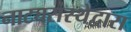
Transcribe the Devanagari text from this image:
नाट्यसंस्थेद्वारा